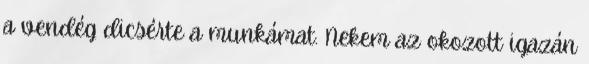
a vendég dicsérte a munkámat. Nekem az okozott igazán